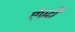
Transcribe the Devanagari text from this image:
ऐण्टी